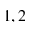
1 , 2